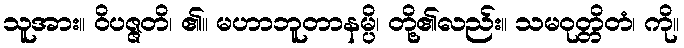
သူအား။ ဝိပဇ္ဇတိ၊ ၏။ မဟာဘူတာနမ္ပိ၊ တို့၏လည်း။ သမဝုတ္တိတံ၊ ကို။